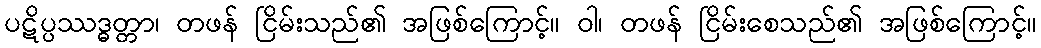
ပဋိပ္ပဿဒ္ဓတ္တာ၊ တဖန် ငြိမ်းသည်၏ အဖြစ်ကြောင့်။ ဝါ၊ တဖန် ငြိမ်းစေသည်၏ အဖြစ်ကြောင့်။